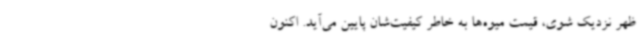
ظهر نزدیک شوی، قیمت میوه‌ها به خاطر کیفیت‌شان پایین می‌آید. اکنون